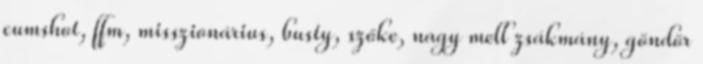
cumshot, ffm, misszionárius, busty, szőke, nagy mell zsákmány, göndör